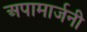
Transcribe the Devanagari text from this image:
अपामार्जनी